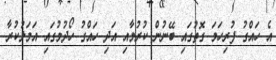
އެ ހައްގު ފުރިހަމަ ގޮތުގައި ބޭނުން ކުރުމާއި އަދި ހައްގު ހޯދުމުގައި އަމަލުކުރާ